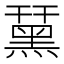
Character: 䵤